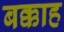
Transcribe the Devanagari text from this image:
बक्काह